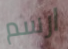
ارسم